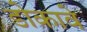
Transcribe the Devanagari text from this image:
डोकावे